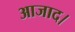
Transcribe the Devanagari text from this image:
आजाद।